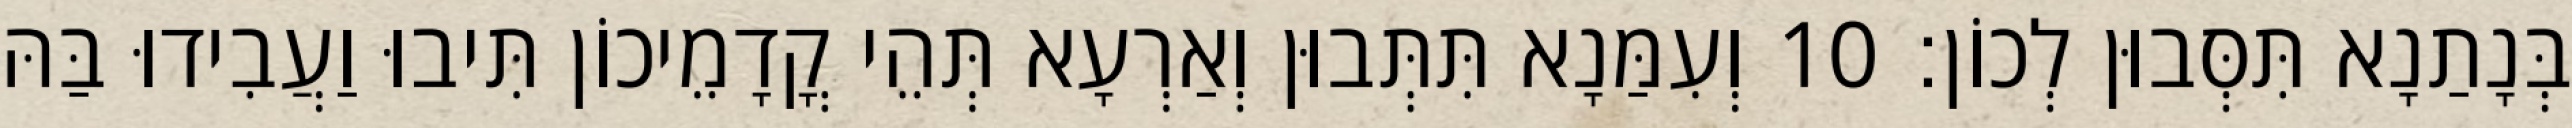
בְּנָתַנָא תִּסְּבוּן לְכוֹן׃ 10 וְעִמַּנָא תִּתְּבוּן וְאַרְעָא תְּהֵי קֳדָמֵיכוֹן תִּיבוּ וַעֲבִידוּ בַּהּ